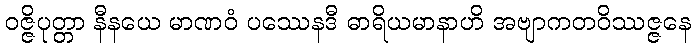
ဝဇ္ဇိပုတ္တာ နီနယေ မာဏဝံ ပဿေနဒီ ဓာရိယမာနာဟိ အဗျာကတဝိဿဇ္ဇနေ